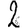
Digit: 2